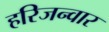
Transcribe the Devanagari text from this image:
हरिजन्वार